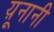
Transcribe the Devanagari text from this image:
य़ूनानी